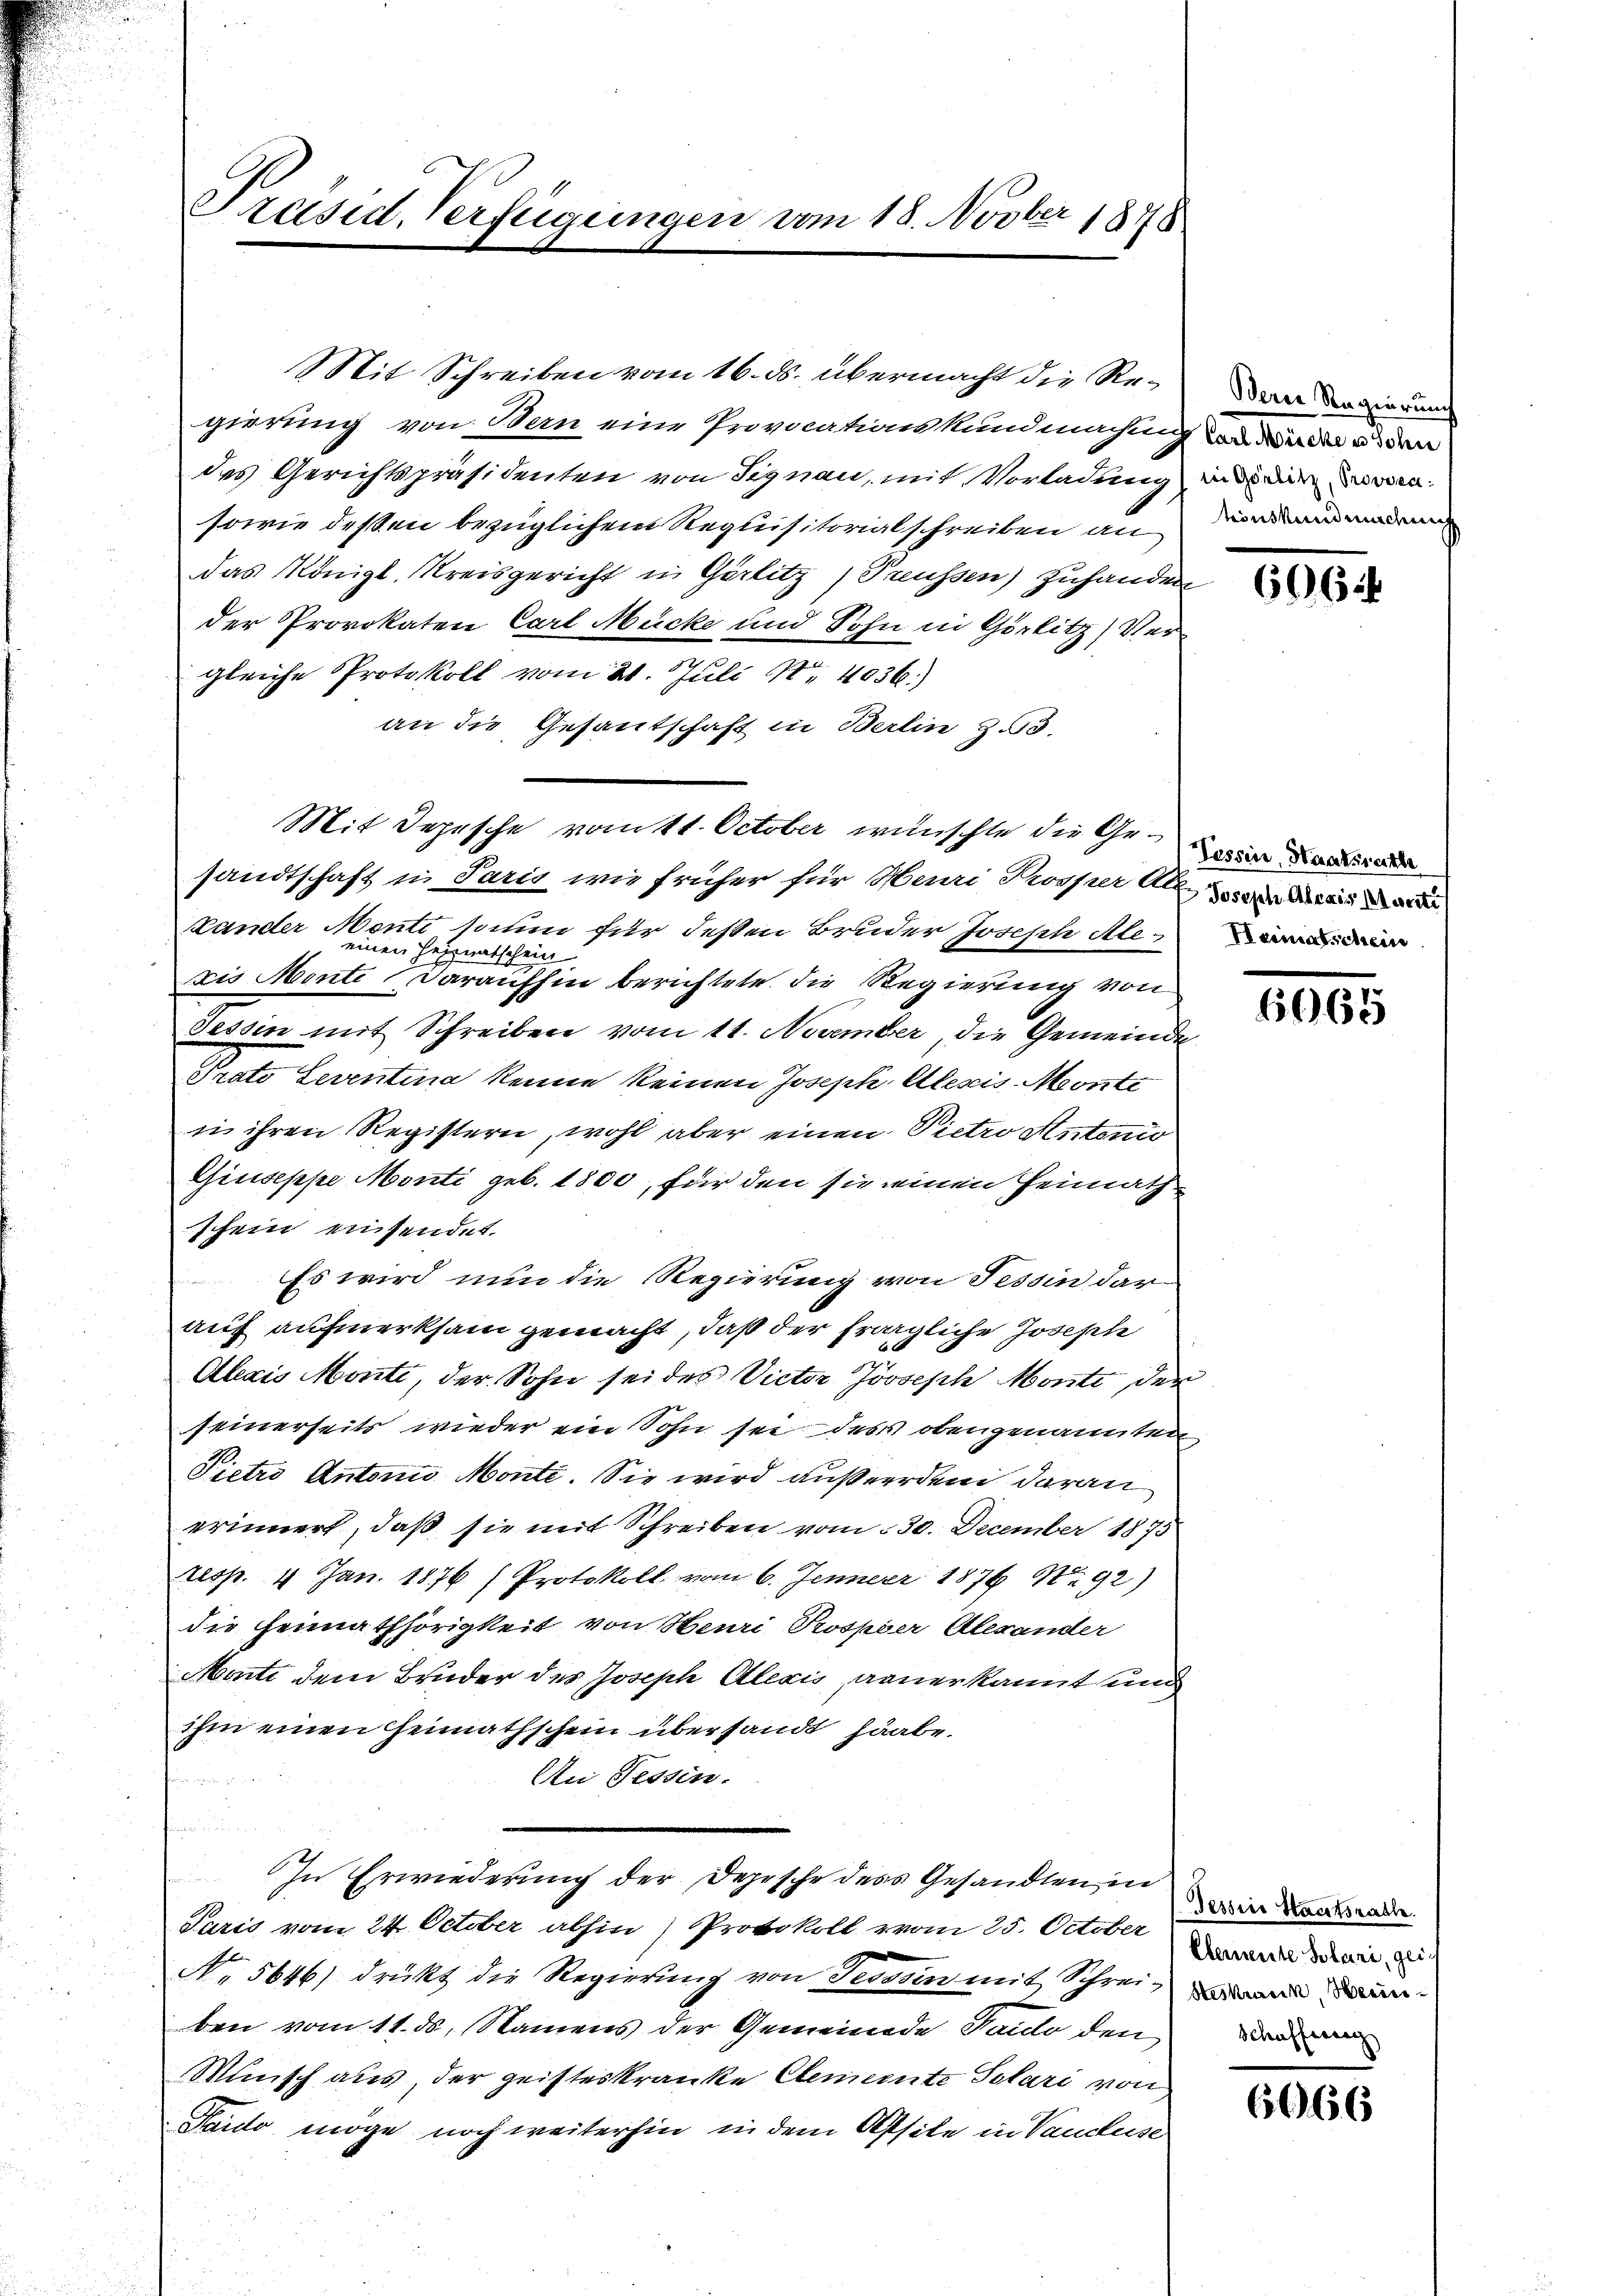
Präsid. Verfügungen vom 18. Novber 1878

Mit Schreiben vom 16. ds. übermacht die Regierung von Bern eine Provicationskundmachung von die es den
des Gerichtspräsidenten von Signau, mit Vorladung in der wen
sowie deßen bezüglichem Requisitorialschreiben an
das Königl. Kreisgericht in Görlitz) Treussen) zuhanden
der Provokaten Carl Mücke und Sohn in Görlitz) Vergleiche Protokoll vom 21. Juli 18. 4036.)
an die Gesantschaft in Berlin Z.3.
Mit Depesche vott. October wünschte die Gesandtschaft in Paris wie früher für Meuri Trosper Alle de
Kander Mente, sonen für deßen Bruder Joseph Ale
einen Heimatschein
zis Monte daraufhin berichtete die Regierung von
Tessin mit Schreiben vom 11. November die Gemeinde
Prato Leventina kenne keinen Joseph Alesis Monte
in ihren Registern, wohl aber einen Pietro Antonio
Giuseppe Monti geb. 1800, für den sie einen Heimath
fein eisendet.
Es wird nun die Regierung von Tessin darauf aufmerksam gemacht, daß der fragliche Joseph
Abris Monti, der Sohn sei des Victor Joseph Monte der
seinerseits wieder ein Sohn sei des obengenannten
Pietro Antonio Monte. Sie wird außerden daran
erinnert, daß sie mit Schreiben vom 30. December 1873
resp. 4 Jan. 1876 ) Protokoll vom 6. Jenner 1876 No. 92)
die Heimathörigkeit von Heuri Prospoer Alexander
Monti dem Bruder des Joseph Alexis, anerkannt und
Ihm einen Heimathschein übersandt haabe.
An Fessen.
u
In Erwiederung der Depesche des Gesandten in
Paris vom 24. October abhin) Protokoll vom 25. October
No. 5646) drückt die Regierung von Tessin mit Schrei- dan
ben vom 11. ds. Namens der Gemeinde Sando den vom
Minisch aus, der geisteskranke Elemente Solari von
Paido möge noch weiterhin in dem Assite in Vancluse

Berer Regierung
tions Kundmachung

666

Tessin, Staatsrathe

6065

Pessine Staatsrathe.
Elemente Solari, geich

6666